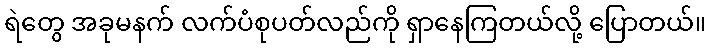
ရဲတွေ အခုမနက် လက်ပံစုပတ်လည်ကို ရှာနေကြတယ်လို့ ပြောတယ်။